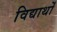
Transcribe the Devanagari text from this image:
विद्यार्थों